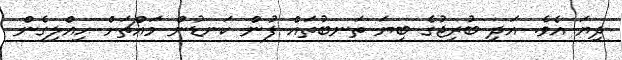
ދިޔަ އެވެ. އަދި ބުރިޖުގެ ބިޔަ ތަނބުތައް ފުން ކަނޑުން މައްޗަށް ހިއްލިގެން